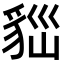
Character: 𧳀